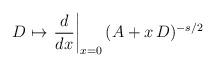
LaTeX: \begin{align*}D\mapsto \left.\frac{d}{dx}\right|_{x=0}(A+x\,D)^{-s/2}\end{align*}